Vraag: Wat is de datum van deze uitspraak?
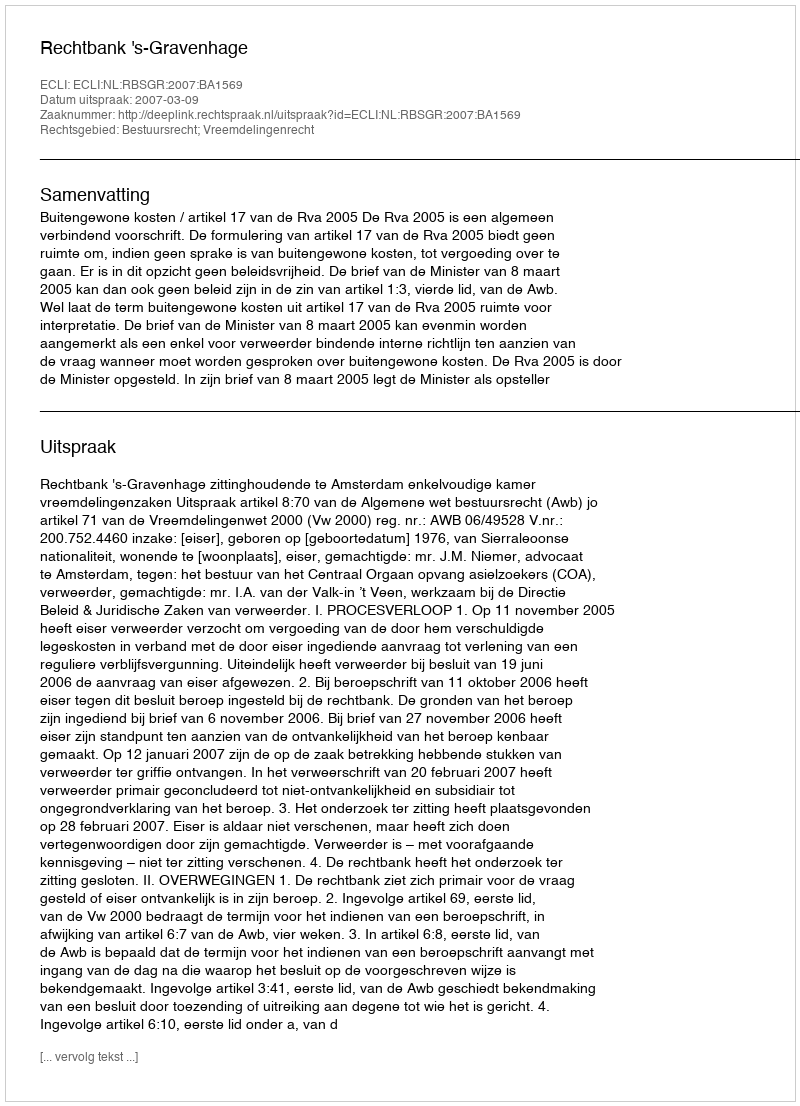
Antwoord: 2007-03-09